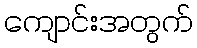
ကျောင်းအတွက်